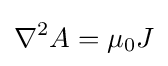
\nabla ^{2}A=\mu _{0}J